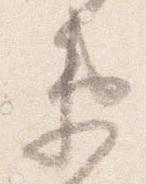
衛